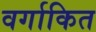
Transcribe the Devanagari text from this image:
वर्गाकित